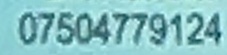
07504779124